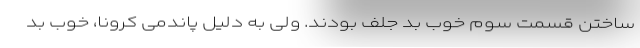
ساختن قسمت سوم خوب بد جلف بودند. ولی به دلیل پاندمی کرونا، خوب بد